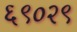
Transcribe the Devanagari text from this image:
६९०२९